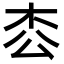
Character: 枩